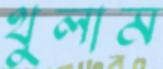
থুলাম